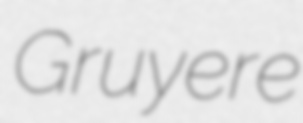
Gruyere